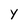
Character: Y